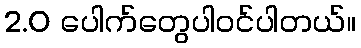
2.0 ပေါက်တွေပါ၀င်ပါတယ်။